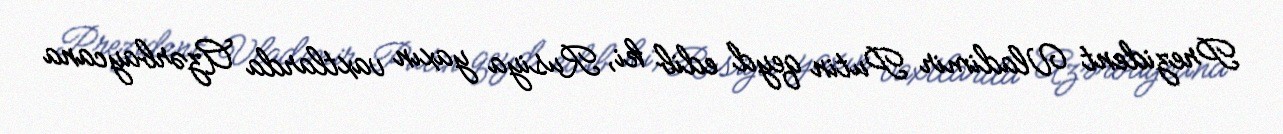
Prezident Vladimir Putin qeyd edib ki, Rusiya yaxın vaxtlarda Azərbaycana